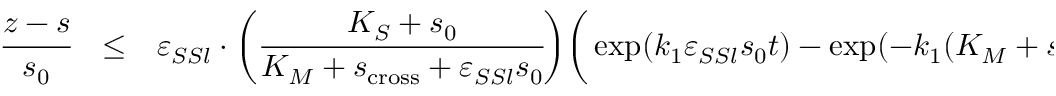
\begin{array} { r c l } { \cfrac { z - s } { s _ { 0 } } } & { \leq } & { \varepsilon _ { S S l } \cdot \bigg ( \cfrac { K _ { S } + s _ { 0 } } { K _ { M } + s _ { \mathrm { c r o s s } } + \varepsilon _ { S S l } s _ { 0 } } \bigg ) \bigg ( \exp ( k _ { 1 } \varepsilon _ { S S l } s _ { 0 } t ) - \exp ( - k _ { 1 } ( K _ { M } + s _ { \mathrm { c r o s s } } ) t ) \bigg ) } \end{array}